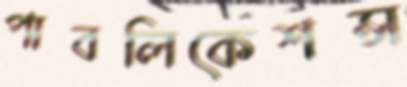
পাবলিকেশন্স